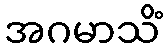
အဂမာသိံ